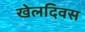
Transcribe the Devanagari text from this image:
खेलदिवस